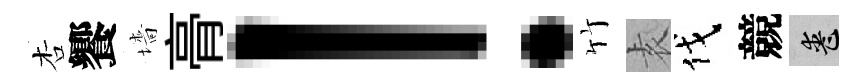
杏饗墻𮌔！竹𡊮伐競喪